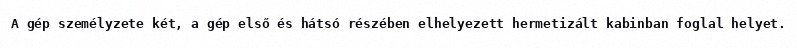
A gép személyzete két, a gép első és hátsó részében elhelyezett hermetizált kabinban foglal helyet.